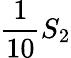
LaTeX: \frac 1{10}S_{2}